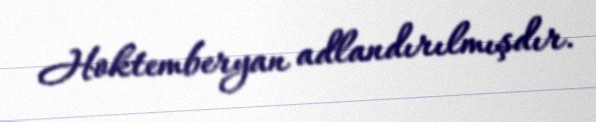
Hoktemberyan adlandırılmışdır.